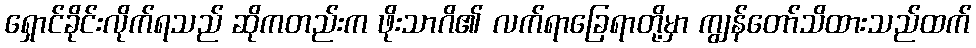
ရှောင်ခိုင်းလိုက်ရသည် ဆိုကတည်းက ဖိုးသာဂိ၏ လက်ရာခြေရာတို့မှာ ကျွန်တော်သိထားသည်ထက်